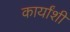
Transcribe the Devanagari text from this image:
कार्यांशी